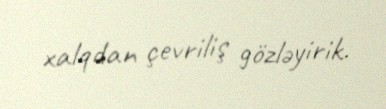
xalqdan çevriliş gözləyirik.